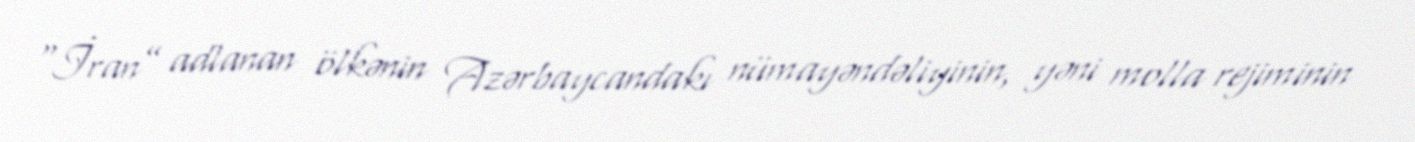
“İran” adlanan ölkənin Azərbaycandakı nümayəndəliyinin, yəni molla rejiminin